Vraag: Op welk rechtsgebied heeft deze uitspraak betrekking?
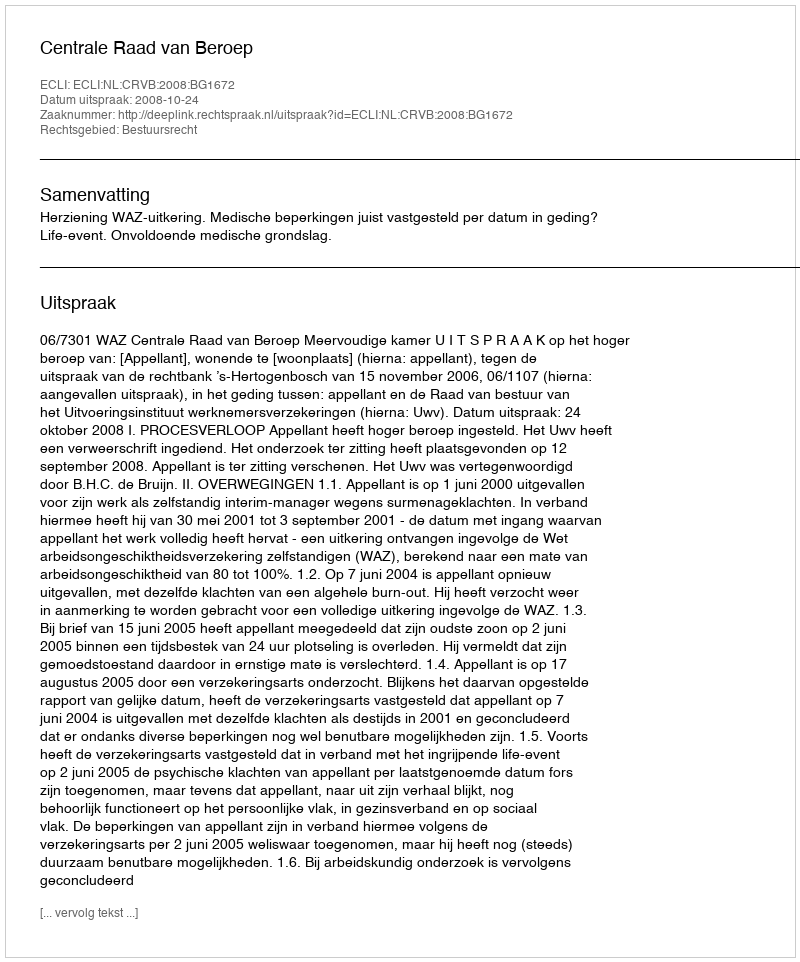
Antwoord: Bestuursrecht